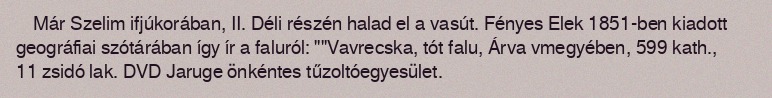
Már Szelim ifjúkorában, II. Déli részén halad el a vasút. Fényes Elek 1851-ben kiadott geográfiai szótárában így ír a faluról: ""Vavrecska, tót falu, Árva vmegyében, 599 kath., 11 zsidó lak. DVD Jaruge önkéntes tűzoltóegyesület.